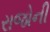
રાજોની